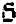
6